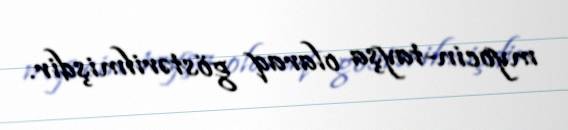
myocin-tayşa olaraq göstərilmişdir.